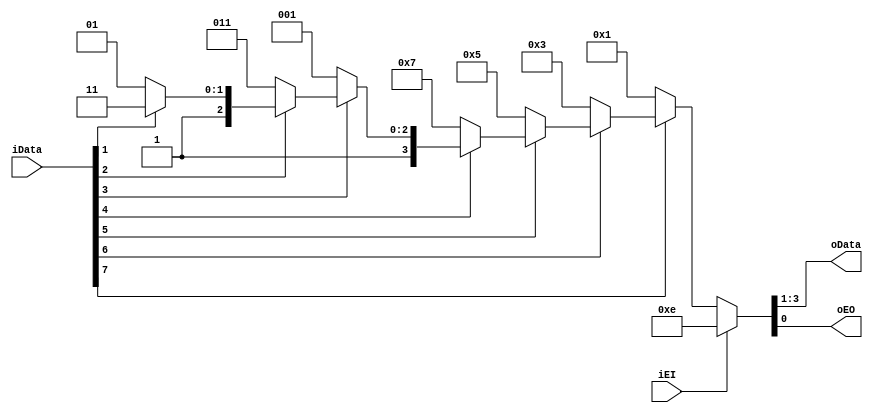
`timescale 1ns / 1ps
//////////////////////////////////////////////////////////////////////////////////
// Company: 
// Engineer: 
// 
// Design Name: 
// Module Name: encoder83_Pri
// Project Name: 
// Target Devices: 
// Tool Versions: 
// Description: 
// 
// Dependencies: 
// 
// Revision:
// Revision 0.01 - File Created
// Additional Comments:
// 
//////////////////////////////////////////////////////////////////////////////////


module encoder83_Pri(
    input [7:0] iData,
    input iEI,
    output reg [2:0] oData,
    output reg oEO
    );
    always @ (*)
    begin
      if(iEI)
           {oData,oEO} <= 4'b111_0;
      else if(!iData[7]) {oData,oEO} <= 4'b000_1;
      else if(!iData[6]) {oData,oEO} <= 4'b001_1;
      else if(!iData[5]) {oData,oEO} <= 4'b010_1;
      else if(!iData[4]) {oData,oEO} <= 4'b011_1;
      else if(!iData[3]) {oData,oEO} <= 4'b100_1;
      else if(!iData[2]) {oData,oEO} <= 4'b101_1;
      else if(!iData[1]) {oData,oEO} <= 4'b110_1;
      else               {oData,oEO} <= 4'b111_1;
    end
endmodule